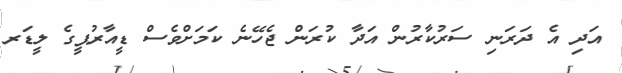
އަދި އެ ދަރަނި ސަރުކާރުން އަދާ ކުރަން ޖެހޭނެ ކަމަށްވެސް ޑީއާރުޕީގެ ލީޑަރ